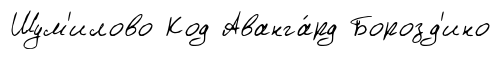
Шум'илово Код Аванга́рд Борозд'ино